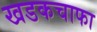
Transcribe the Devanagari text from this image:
खडकचाफा